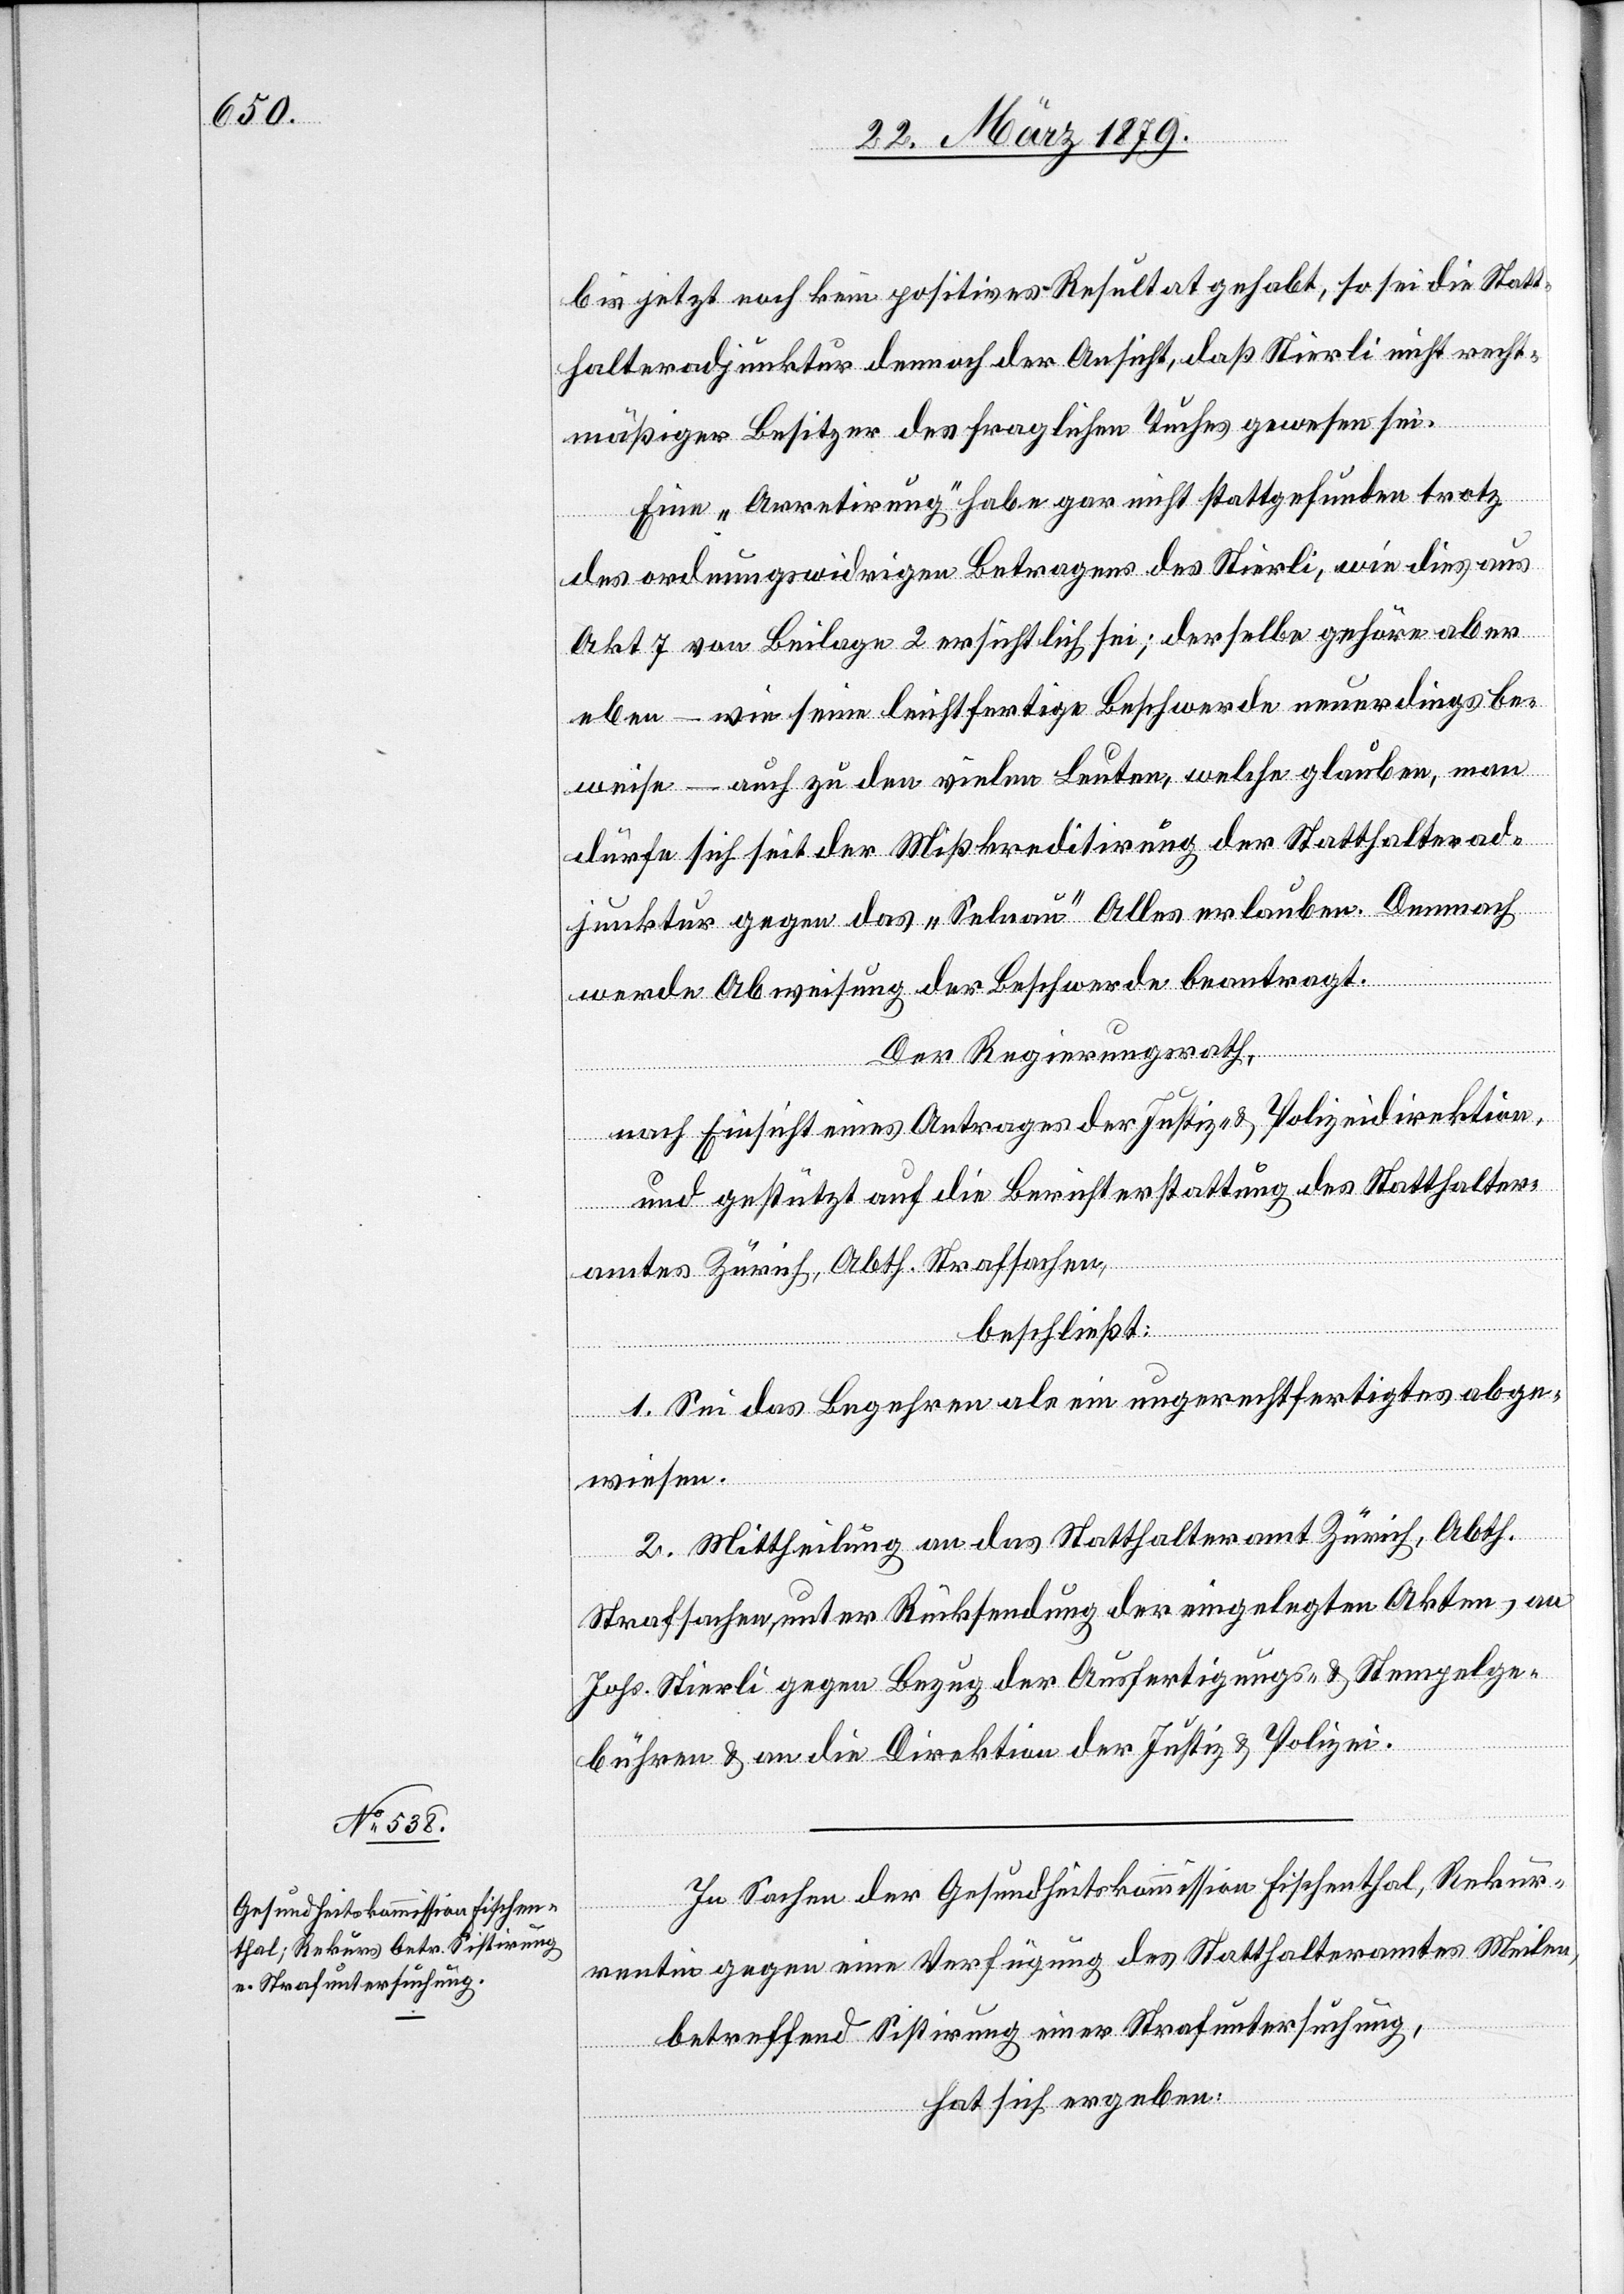
bis jetzt noch kein positives Resultat gehabt, so sei die Statt¬
halteradjunktur dennoch der Ansicht, daß Stierli nicht recht¬
mäßiger Besitzer des fraglichen Tuches gewesen sei.
Eine „Arretirung“ habe gar nicht stattgefunden trotz
des ordnungswidrigen Betragens des Stierli, wie dies aus
Akt 7 von Beilage 2 ersichtlich sei; derselbe gehöre aber
eben – wie seine leichtfertige Beschwerde neuerdings be¬
weise – auch zu den vielen Leuten, welche glauben, man
dürfe sich seit der Mißkreditirung der Statthalterad¬
junktur gegen das „Selnau“ Alles erlauben. Demnach
werde Abweisung der Beschwerde beantragt.
Der Regierungsrath,
nach Einsicht eines Antrages der Justiz- & Polizeidirektion,
und gestützt auf die Berichterstattung des Statthalter¬
amtes Zürich, Abth. Strafsachen,
beschließt:
1. Sei das Begehren als ein ungerechtfertigtes abge¬
wiesen.
2. Mittheilung an das Statthalteramt Zürich, Abth.
Strafsachen, unter Rücksendung der eingelegten Akten, an
Johs. Stierli gegen Bezug der Ausfertigungs- & Stempelge¬
bühren & an die Direktion der Justiz & Polizei.
In Sachen der Gesundheitskommission Fischenthal; Rekur¬
rentin gegen eine Verfügung des Statthalteramtes Meilen,
betreffend Sistirung einer Strafuntersuchung,
hat sich ergeben: